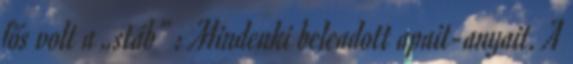
fős volt a „stáb” : Mindenki beleadott apait-anyait. A